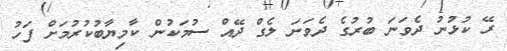
ރޭ ކުޅުނު ދެވަނަ ބުރުގެ ދެވަނަ ލެގް ދޭއް ސުމަކުން ކާމިޔާބުކުރުމަށް ފަހު